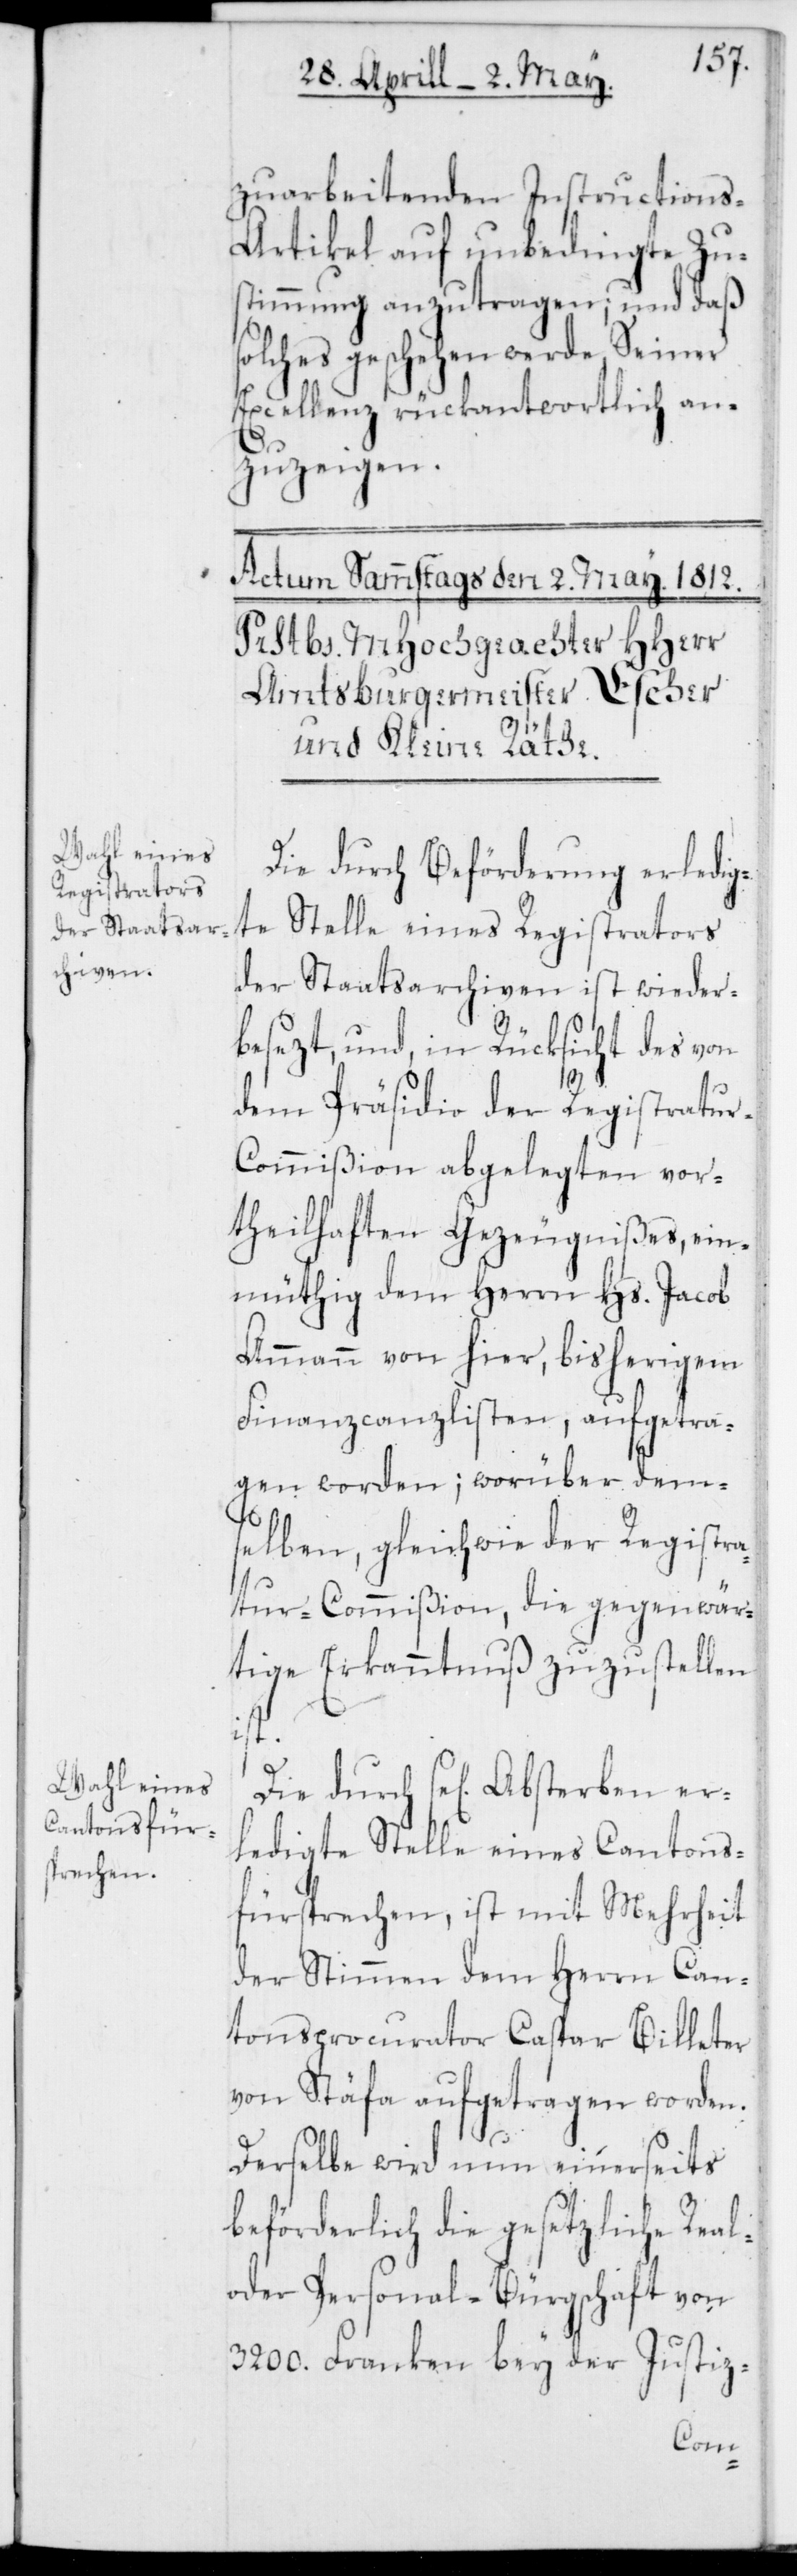
zuarbeitenden Instructions-A¬
rtikel auf unbedingte Zu¬
stimmung anzutragen; und daß
olches geschehen werde, Seiner
Excellenz rückantwortlich an¬
zuzeigen.
Die durch Beförderung erledig¬
te Stelle eines Registrators
der Staatsarchiven ist wieder¬
besetzt, und, in Rücksicht des von
dem Präsidio der Registratu¬
r-Commißion abgelegten vor¬
theilhaften Gezeugnißes, ein¬
müthig dem Herrn Hs. Jacob
Ammann von hier, bisherigem
Finanzcanzlisten, aufgetra¬
gen worden; worüber dem¬
selben, gleichwie der Registra¬
tur-Commißion, die gegenwär¬
tige Erkanntnus zuzustellen
ist.
Die durch sel. Absterben er¬
ledigte Stelle eines Cantons¬
fürsprechen, ist mit Mehrheit
der Stimmen dem Herrn Can¬
tonsprocurator Caspar Billeter
von Stäfa aufgetragen worden.
Derselbe wird nun einerseits
beförderlich die gesetzliche Real-
oder Personal-Bürgschaft von
3200. Franken bey der Justiz-